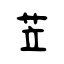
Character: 苙